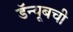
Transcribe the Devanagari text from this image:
डॅन्यूबची